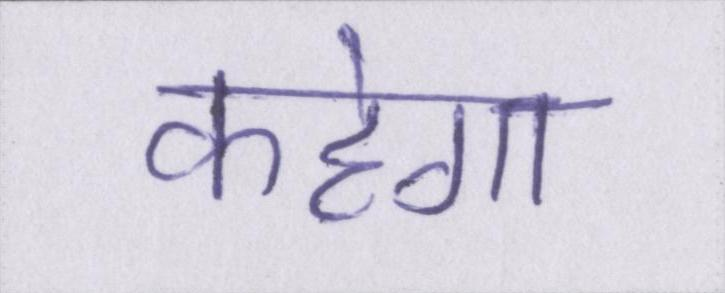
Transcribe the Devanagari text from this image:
कहेगा